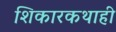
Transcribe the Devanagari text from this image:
शिकारकथाही